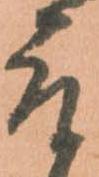
取